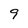
Character: 9